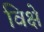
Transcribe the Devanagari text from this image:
विक्षे